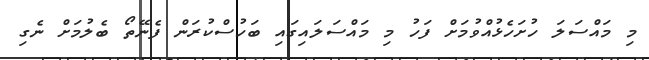
މި މައްސަލަ ހުށަހެޅުއްވުމަށް ފަހު މި މައްސަލައިގައި ބަހުސްކުރަން ފެނޭތޯ ބެލުމަށް ނެގި